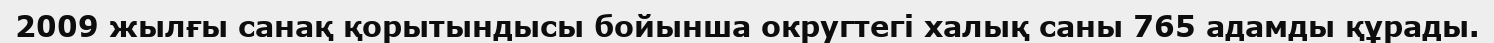
2009 жылғы санақ қорытындысы бойынша округтегі халық саны 765 адамды құрады.